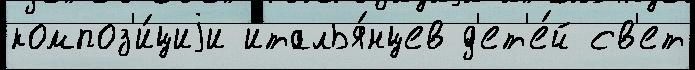
композ'и́циjи италья́нцев д'ет'е́й св'ет